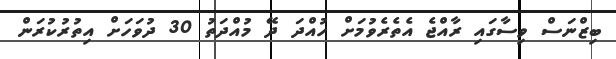
ބިޒްނަސް ވިސާގައި ރާއްޖެ އެތެރެވުމަށް ހުއްދަ ދޭ މުއްދަތު 30 ދުވަހަށް އިތުރުކުރަން